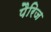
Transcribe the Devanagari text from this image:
पैरिज